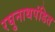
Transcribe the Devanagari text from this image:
रघुनाथपंडित